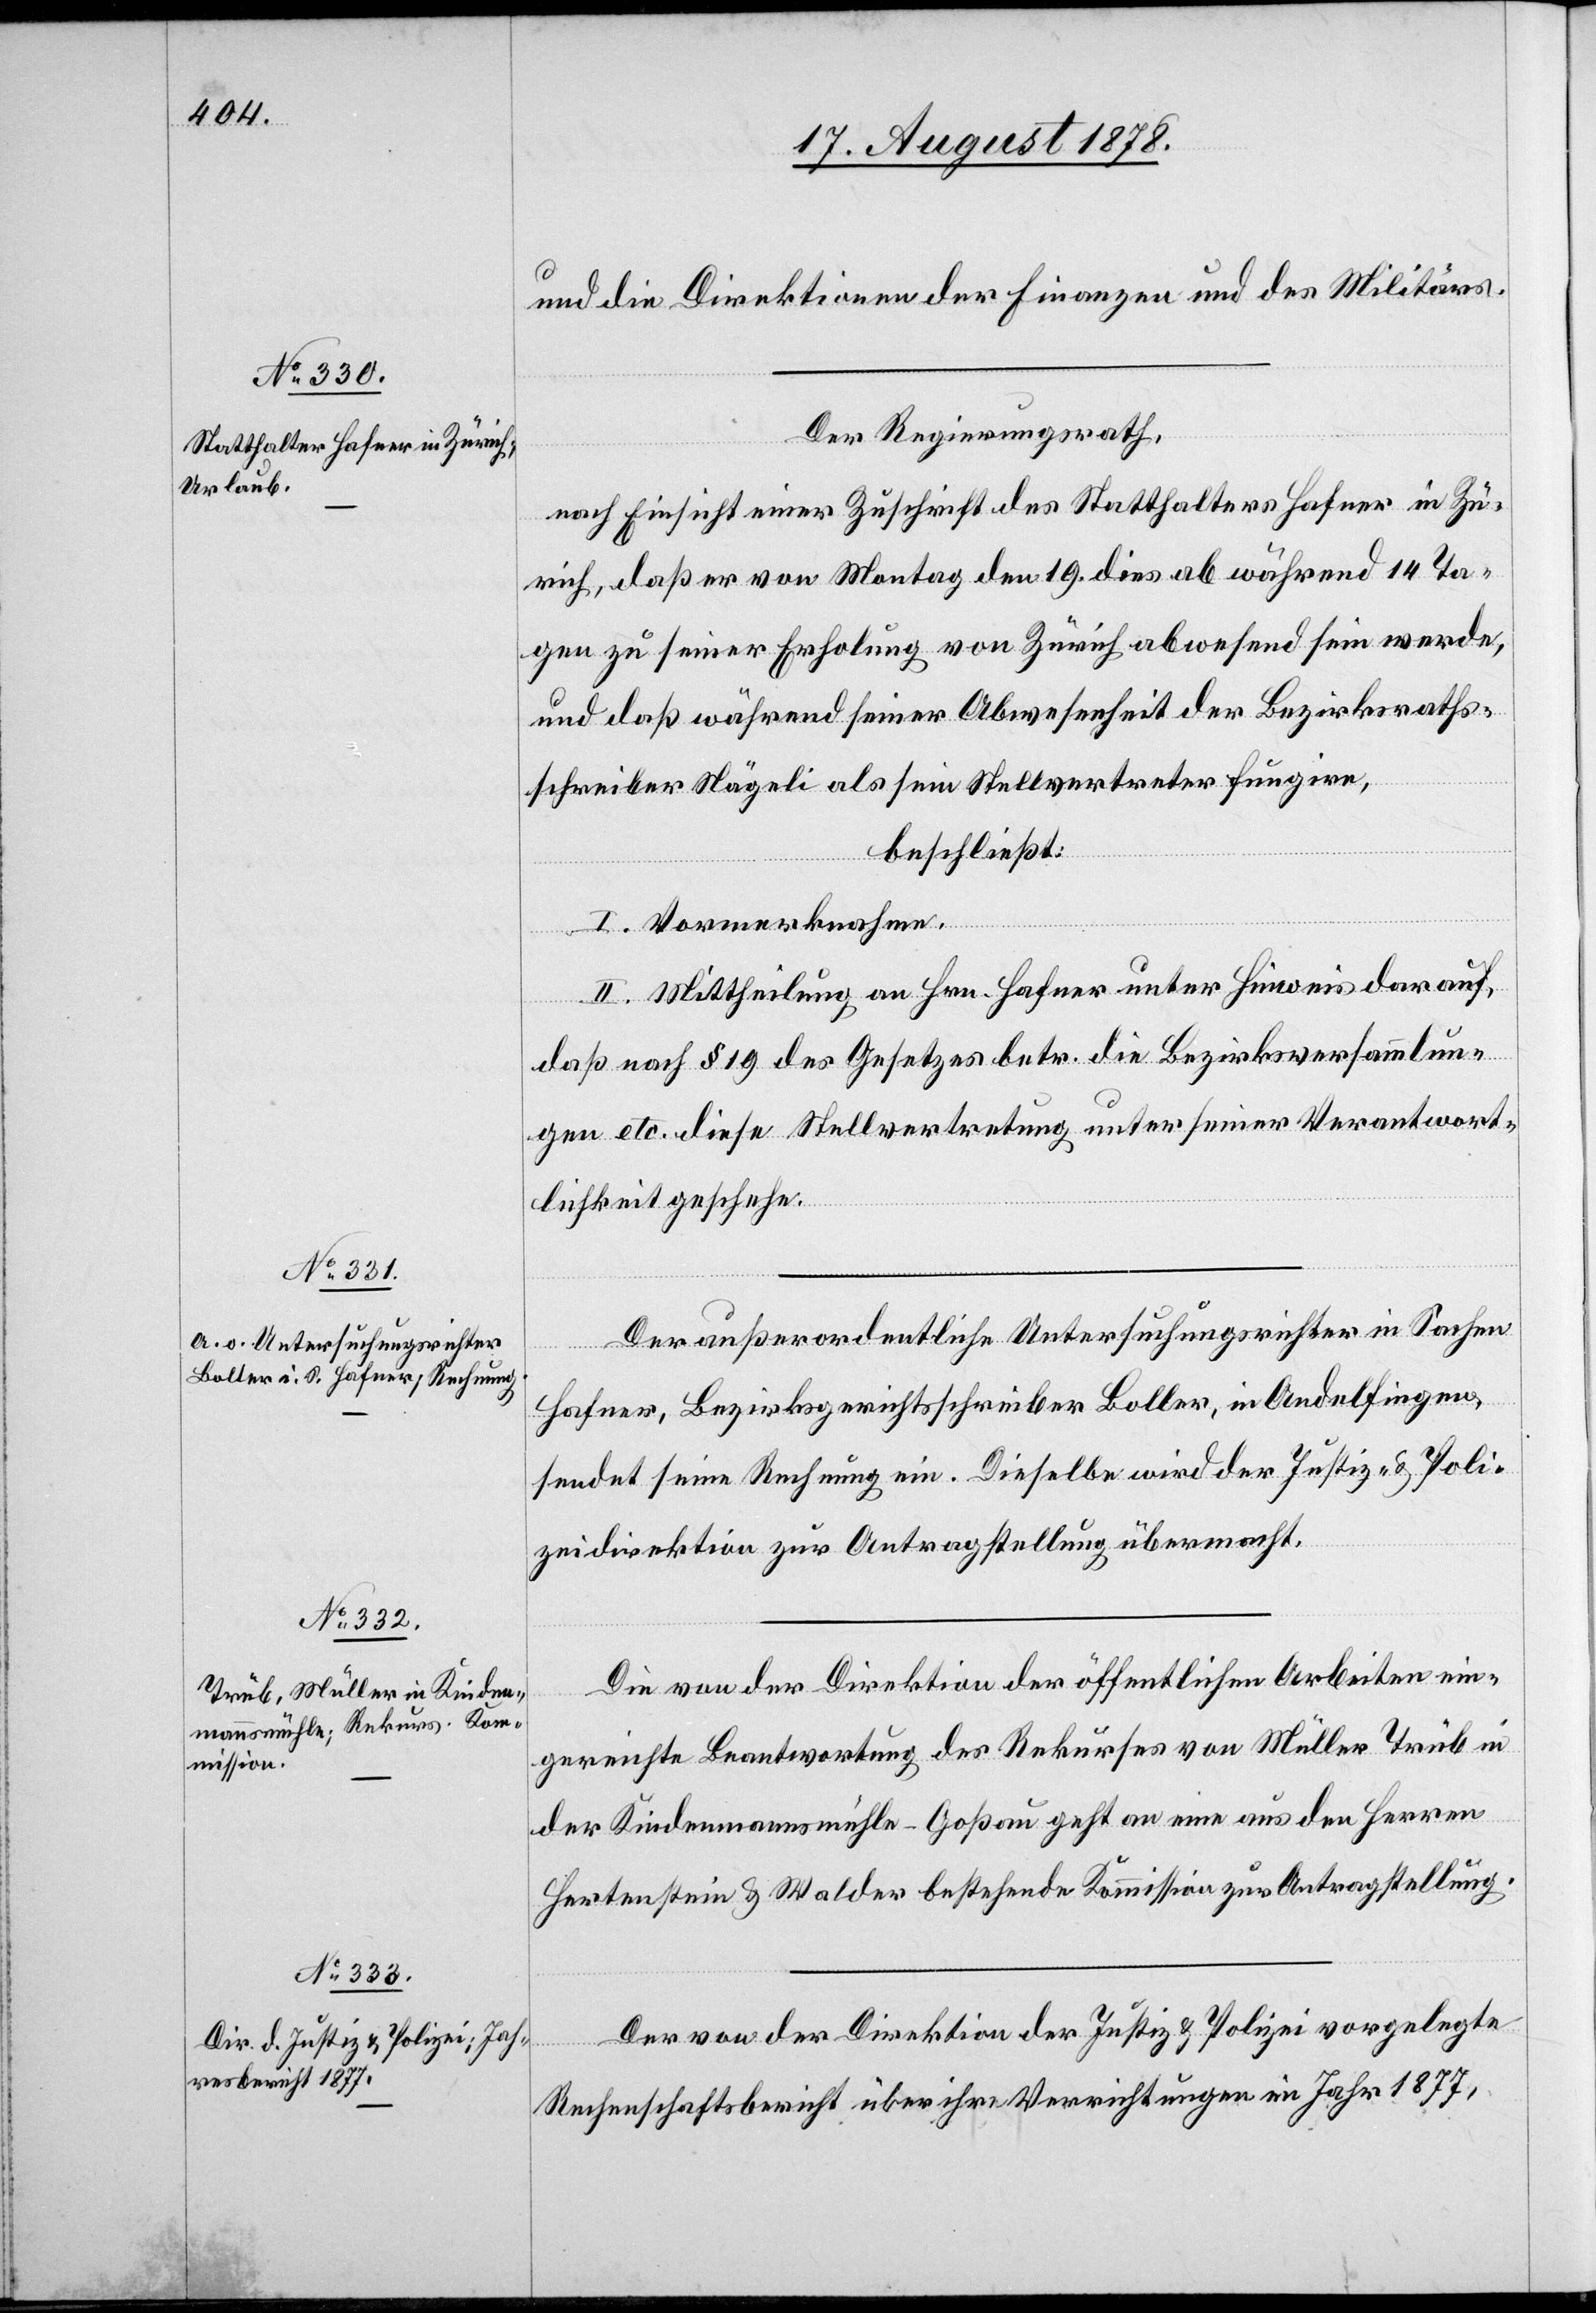
und die Direktionen der Finanzen und des Militärs.
Der Regierungsrath,
nach Einsicht einer Zuschrift des Statthalters Hafner in Zü¬
rich, daß er von Montag den 19. dies ab während 14 Ta¬
gen zu seiner Erholung von Zürich abwesend sein werde,
und daß während seiner Abwesenheit der Bezirksraths¬
schreiber Nägeli als sein Stellvertreter fungire,
beschließt:
I. Vormerknahme.
II. Mittheilung an Hrn. Hafner unter Hinweis darauf,
daß nach § 19 des Gesetzes betr. die Bezirksversammlun¬
gen etc. diese Stellvertretung unter seiner Verantwort¬
lichkeit geschehe.
Der außerordentliche Untersuchungsrichter in Sachen
Hafner, Bezirksgerichtsschreiber Boller, in Andelfingen,
sendet seine Rechnung ein. Dieselbe wird der Justiz- & Poli¬
zeidirektion zur Antragstellung übermacht
Die von der Direktion der öffentlichen Arbeiten ein¬
gereichte Beantwortung des Rekurses von Müller Trüb in
der Kindermannsmühle - Goßau geht an eine aus den Herren
Hertenstein & Walder bestehende Kommission zur Antragstellung.
Der von der Direktion der Justiz & Polizei vorgelegte
Rechenschaftsbericht über ihre Verrichtungen im Jahr 1877,